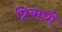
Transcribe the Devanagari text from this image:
प्रियाची